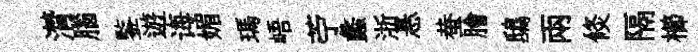
潸腦鍳遊诲媚瑪峿苧蠡浙悬蛬膾鴟兩倐隔櫛